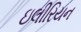
ઇલીરિયન